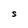
Character: S